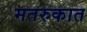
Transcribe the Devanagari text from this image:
मतरुकात